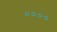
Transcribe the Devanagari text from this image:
००००